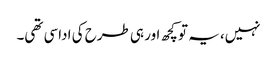
نہیں، یہ تو کچھ اور ہی طرح کی اداسی تھی۔